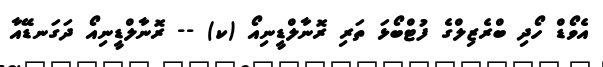
އެވޯޑް ހޯދި ބްރެޒިލްގެ ފުޓްބޯޅަ ތަރި ރޮނާލްޑީނިއޯ (ކ) -- ރޮނާލްޑީނިއޯ ދަގަނޑޭއާ